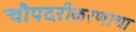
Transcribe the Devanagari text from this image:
चौपदरीकरणाचा